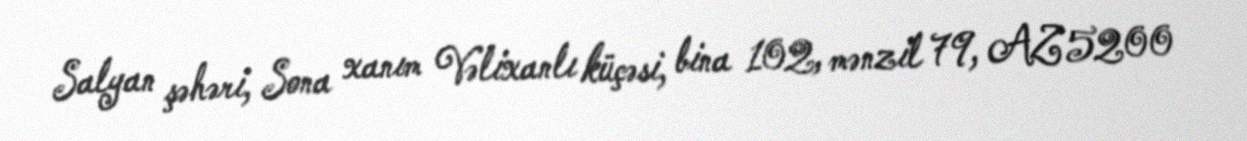
Salyan şəhəri, Sona xanım Vəlixanlı küçəsi, bina 102, mənzil 79, AZ 5200